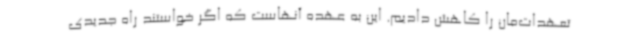
تعهدات‌مان را کاهش دادیم. این به عهده آنهاست که اگر خواستند راه جدیدی